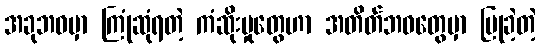
အခုဘဝမှာ ကြုံဆုံရတဲ့ ကံဆိုးမှုတွေဟာ အတိတ်ဘဝတွေမှာ ပြုခဲ့တဲ့